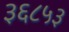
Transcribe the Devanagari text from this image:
३६८५३